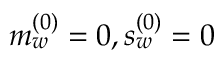
m _ { w } ^ { ( 0 ) } = 0 , s _ { w } ^ { ( 0 ) } = 0